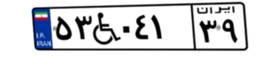
۵۳W۰۴۱۳۹